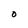
Character: O